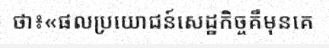
ថា៖«ផលប្រយោជន៍សេដ្ឋកិច្ចគឺមុនគេ